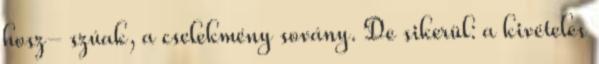
hosz- szúak, a cselekmény sovány. De sikerül: a kivételes